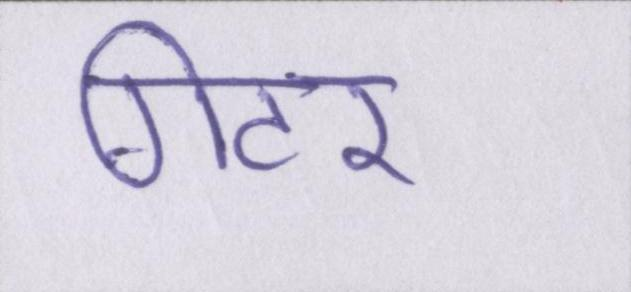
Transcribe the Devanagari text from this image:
गिटर